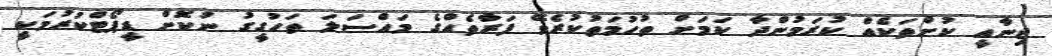
ޖިނާއީ ކުށްތަކެއް ކުރަމުންދާ ކަމަށް ތުހުމަތުކުރެވޭ ފަރާތެއްގެ މައްސަލަ ތަހުގީގު ނުކޮށް ޑީޕޯޓްކުރުމަކީ